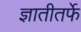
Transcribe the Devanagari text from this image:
ज्ञातीतर्फे